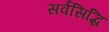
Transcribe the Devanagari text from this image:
सर्वसिद्धि